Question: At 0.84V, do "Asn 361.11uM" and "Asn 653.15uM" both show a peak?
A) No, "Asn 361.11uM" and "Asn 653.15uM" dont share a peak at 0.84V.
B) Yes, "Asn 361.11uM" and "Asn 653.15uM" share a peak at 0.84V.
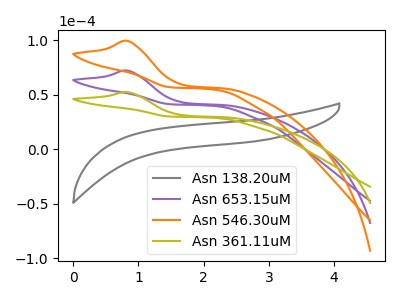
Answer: <think>The gray curve "Asn 138.20uM" has no peaks. The purple curve "Asn 653.15uM" has an anodic peak at: (0.85V, 72.15uA). The orange curve "Asn 546.30uM" has an anodic peak at: (0.85V, 144.35uA). The olive curve "Asn 361.11uM" has an anodic peak at: (0.85V, 52.45uA).</think>
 <answer>B) Yes, "Asn 361.11uM" and "Asn 653.15uM" share a peak at 0.84V.</answer>
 <eval>B</eval>